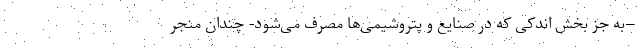
–به جز بخش اندکی که در صنایع و پتروشیمی‌ها مصرف می‌شود- چندان منجر